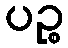
ပဉ္စ